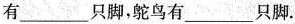
有___只脚，鸵鸟有___只脚.